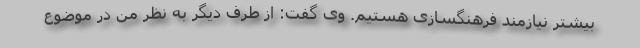
بیشتر نیازمند فرهنگسازی هستیم. وی گفت: از طرف دیگر به نظر من در موضوع